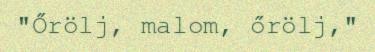
"Őrölj, malom, őrölj,"